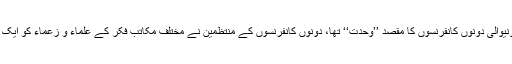
لاہور کی سرزمین پر منعقد ہونیوالی دونوں کانفرنسوں کا مقصد ’’وحدت‘‘ تھا، دونوں کانفرنسوں کے منتظمین نے مختلف مکاتب فکر کے علماء و زعماء کو ایک پلیٹ فارم پر متحد بھی کر لیا۔